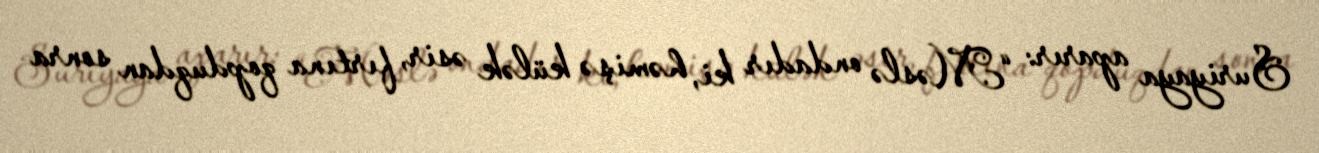
Suriyaya aparır: “Məslə ondadır ki, həmişə külək əsir, fırtına qopduqdan sonra